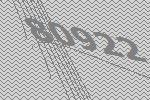
80922